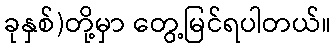
ခုနှစ်)တို့မှာ တွေ့မြင်ရပါတယ်။